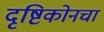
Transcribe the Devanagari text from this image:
दृष्टिकोनचा